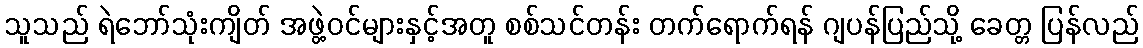
သူသည် ရဲဘော်သုံးကျိတ် အဖွဲ့ဝင်များနှင့်အတူ စစ်သင်တန်း တက်ရောက်ရန် ဂျပန်ပြည်သို့ ခေတ္တ ပြန်လည်